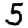
Digit: 5